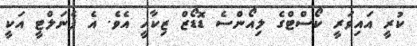
ކުރީ އައިވަރީ ކޯސްޓްގެ ލިއޯންސެ ޑޮޑޯޒް ޒިކާހީ އެވެ. އެ ޕެނަލްޓީ އަކީ